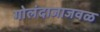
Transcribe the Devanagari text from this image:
गोलंदाजाजवळ